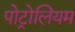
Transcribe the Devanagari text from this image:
पोट्रोलियम